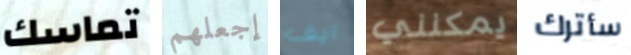
تماسك إجعلهم ايف يمكنني سأترك